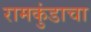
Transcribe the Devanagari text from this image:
रामकुंडाचा